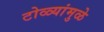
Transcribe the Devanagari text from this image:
टोळ्यांमुळे